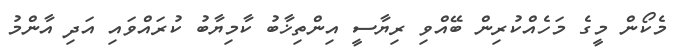
މެކޯން މީގެ މަހެއްކުރިން ބޭއްވި ރިޔާސީ އިންތިޚާބު ކާމިޔާބު ކުރައްވައި އަދި އާންމު